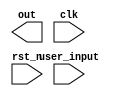
module fsm(out, user_input, clk, rst_n);

input [2:0] user_input;
input clk, rst_n;
output reg [2:0] out;

reg [1:0] state;

//an FSM where the state is equal to the user input
//-copilot next line-
//copilot mean_prob: 0.3380500671250571

always @* 
  state <= 0;

endmodule